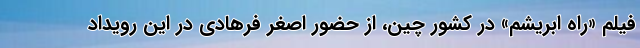
فیلم «راه ابریشم» در کشور چین، از حضور اصغر فرهادی در این رویداد